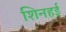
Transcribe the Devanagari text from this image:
शिनहई